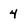
Character: 4